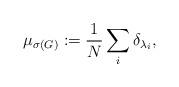
LaTeX: \begin{align*}\mu_{\sigma(G)}:=\frac1N\sum_i\delta_{\lambda_i},\end{align*}